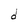
Character: d